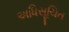
અધિસૂચિત